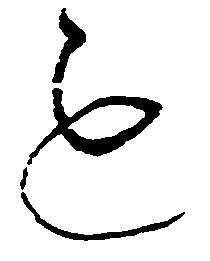
も